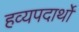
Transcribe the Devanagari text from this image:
हव्यपदार्थों